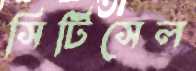
সিটিসেল